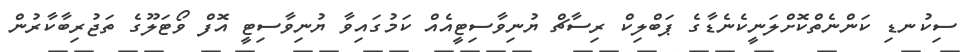
ސިކުނޑި ކަންނެތްކޮށްލަނީކެނެޑާގެ ޕަބްލިކް ރިސާޗް ޔުނިވާސިޓީއެއް ކަމުގައިވާ ޔުނިވާސިޓީ އޮފް ވޯޓަލޫގެ ތަޖުރިބާކާރުން